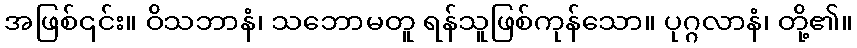
အဖြစ်၎င်း။ ဝိသဘာနံ၊ သဘောမတူ ရန်သူဖြစ်ကုန်သော။ ပုဂ္ဂလာနံ၊ တို့၏။